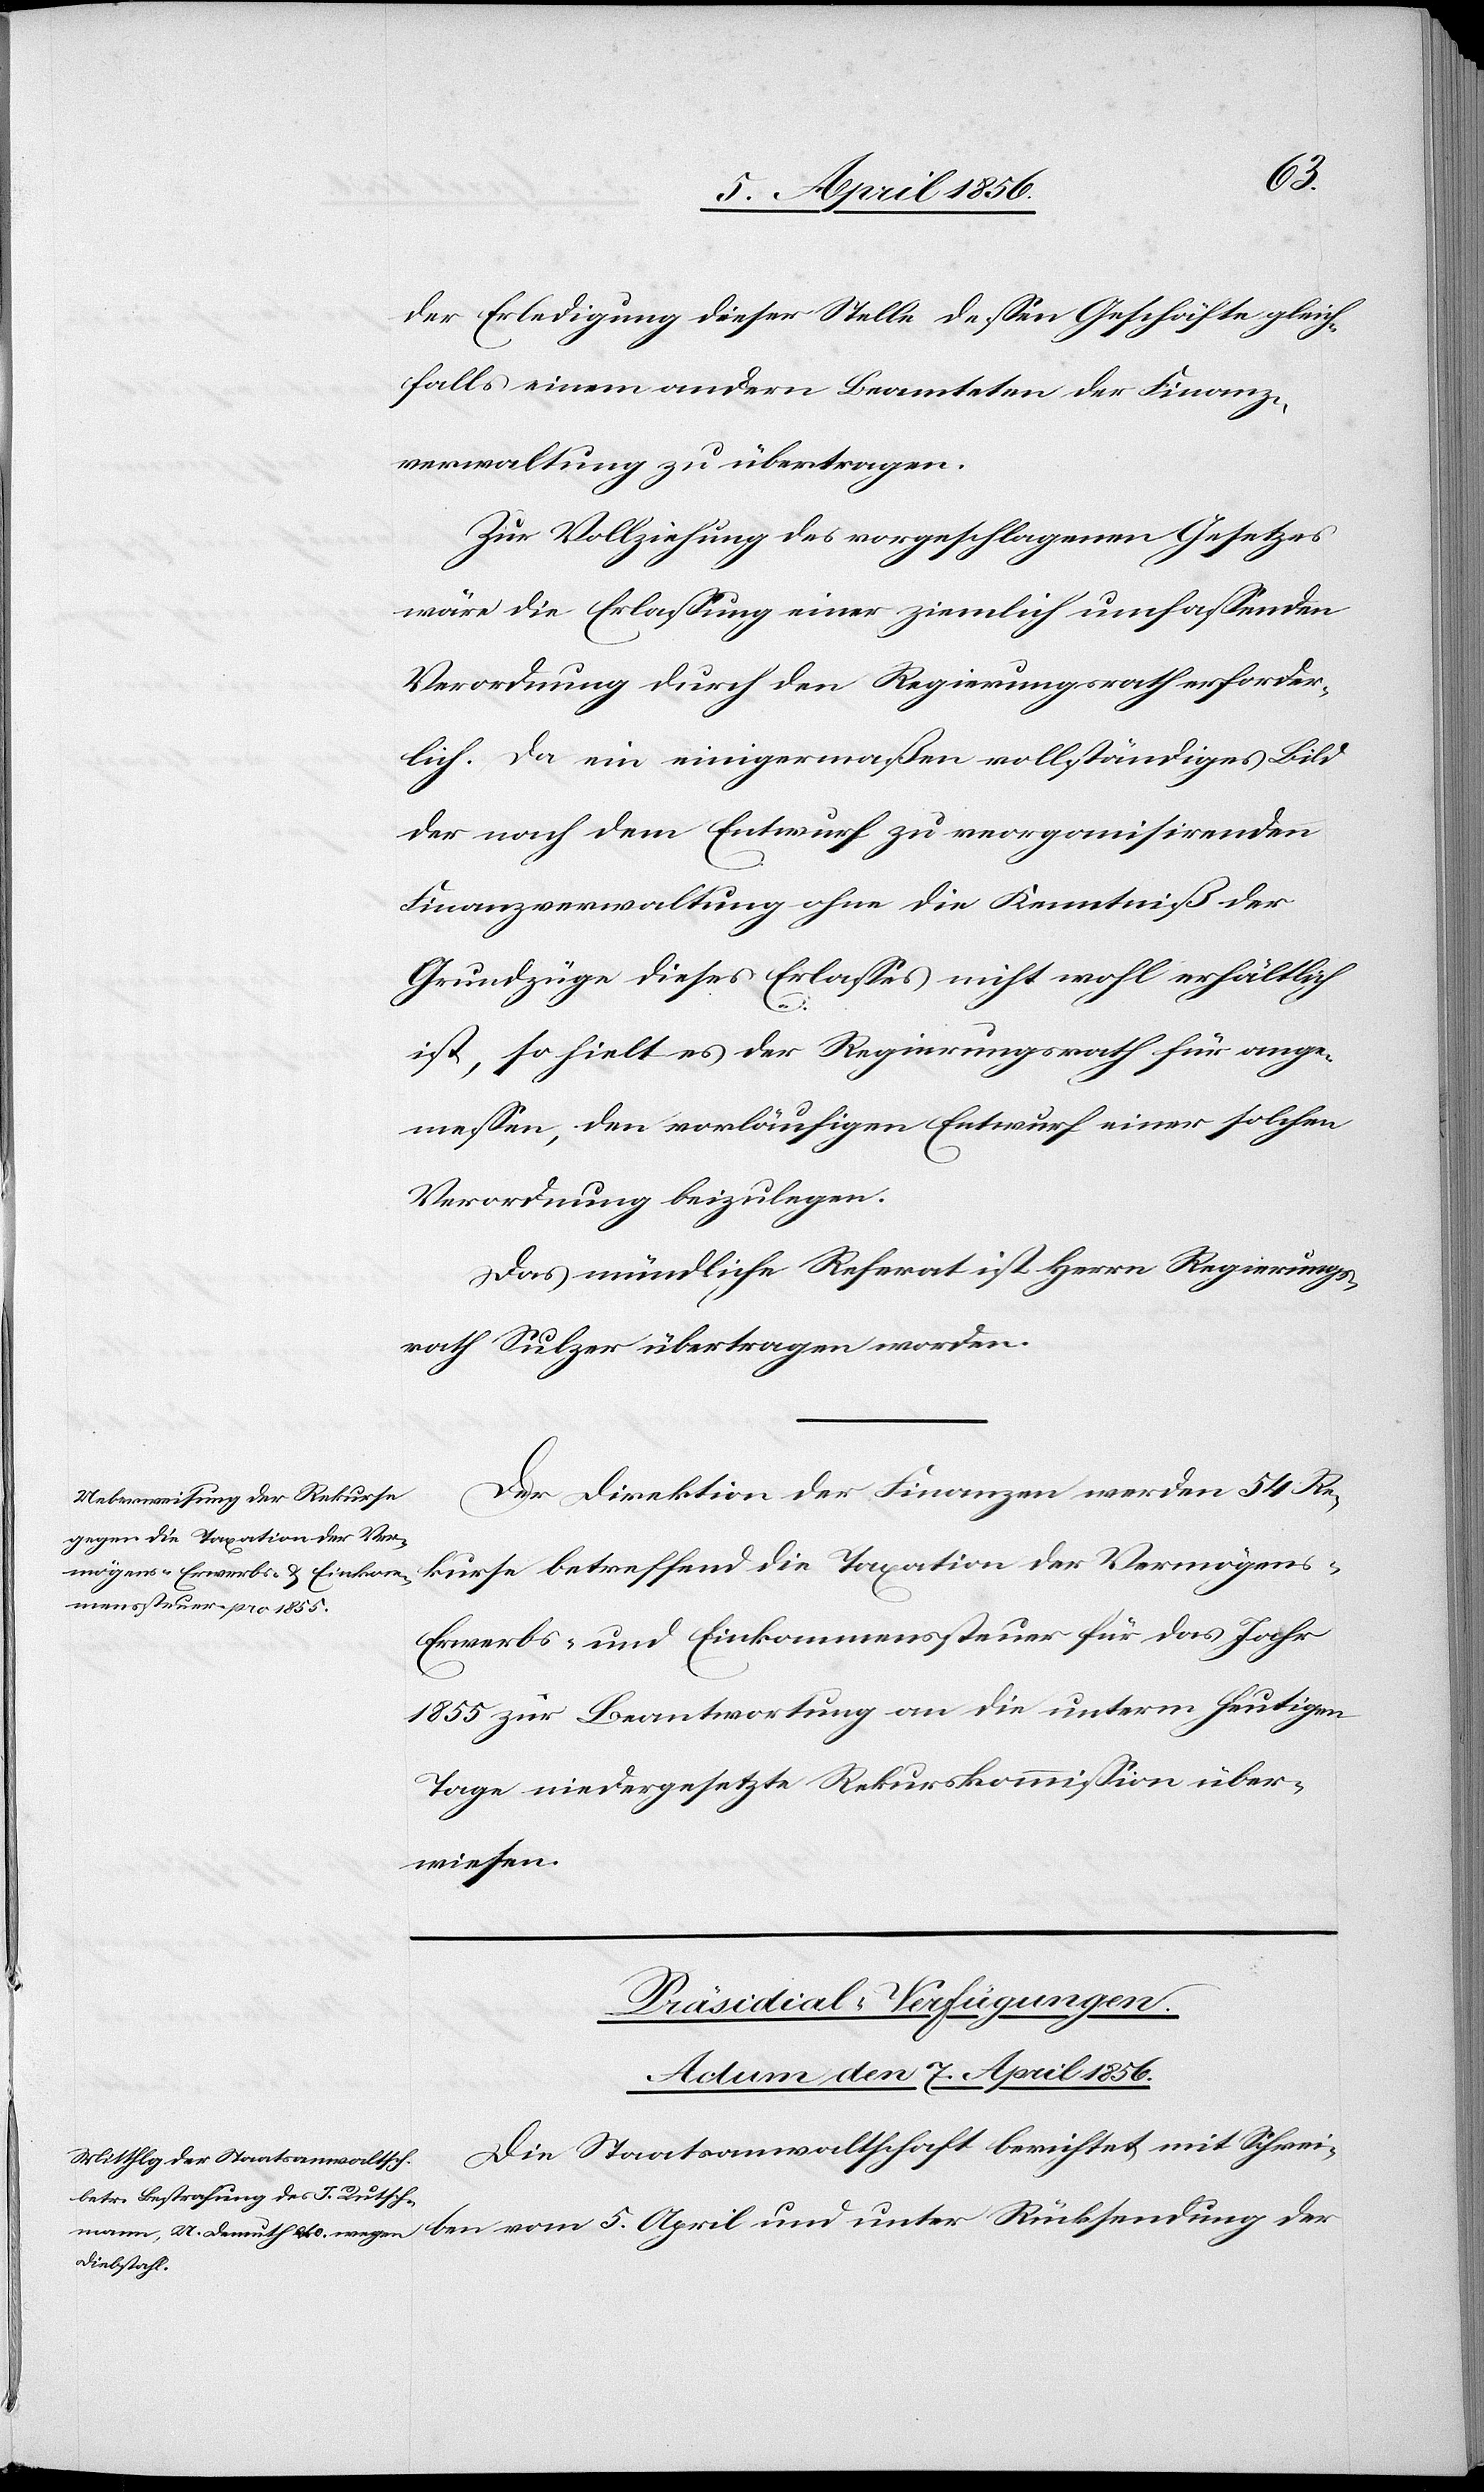
der Erledigung dieser Stelle dessen Geschäfte gleich¬
falls einem andern Beamteten der Finanz¬
verwaltung zu übertragen.
Zur Vollziehung des vorgeschlagenen Gesetzes
wäre die Erlassung einer ziemlich umfassenden
Verordnung durch den Regierungsrath erforder¬
lich. Da ein einigermaßen vollständiges Bild
der nach dem Entwurf zu reorganisirenden
Finanzverwaltung ohne die Kenntniß der
Grundzüge dieses Erlasses nicht wohl erhältlich
der
ist, so hielt es der Regierungsrath für ange¬
messen, den vorläufigen Entwurf einer solchen
Verordnung beizulegen.
Das mündliche Referat ist Herrn Regierungs¬
rath Sulzer übertragen worden.
Der Direktion der Finanzen werden 54 Re¬
kurse betreffend die Taxation der Vermögens-[,]
Erwerbs- und Einkommenssteuer für das Jahr
1855 zur Beantwortung an die unterm heutigen
Tage niedergesetzte Rekurskommission über¬
wiesen.
Präsidial-Verfügungen.
Actum den 7. April 1856.
Die Staatsanwaltschaft berichtet mit Schrei¬